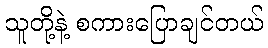
သူတို့နဲ့ စကားပြောချင်တယ်